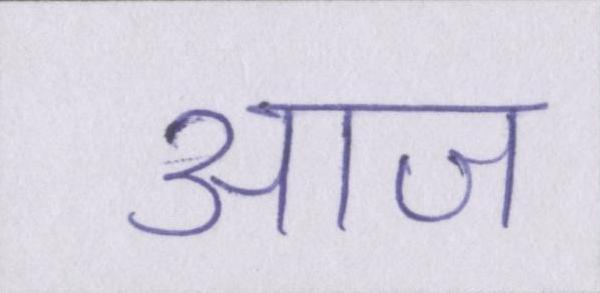
आज